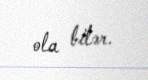
ola bilər.